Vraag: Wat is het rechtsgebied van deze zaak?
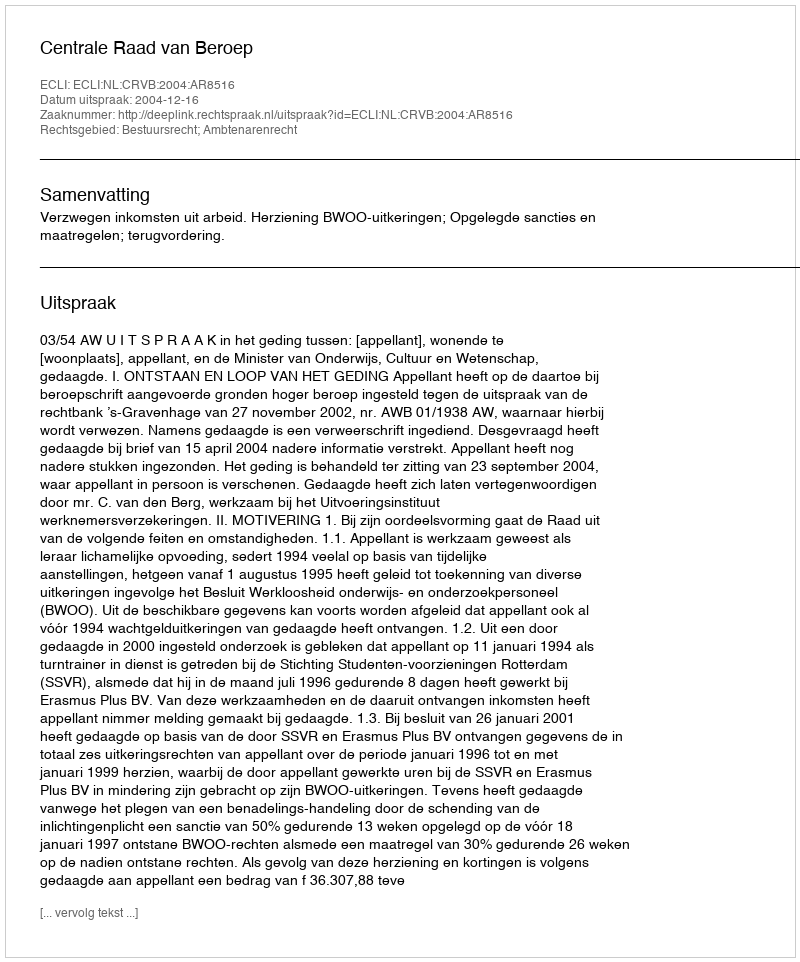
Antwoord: Bestuursrecht; Ambtenarenrecht